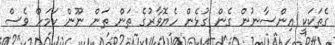
ގެތަކަކީ އިންސާނުން ގެން ގުޅެން ހެޔޮވާރުގެ ތަން ތަން ނޫން ކަމަށް ވެސް